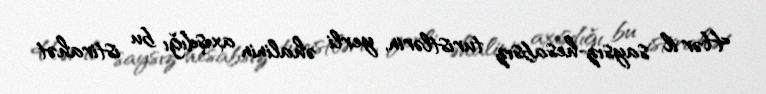
Hər il saysız-hesabsız turistlərin, yerli əhalinin axışdığı bu istirahət